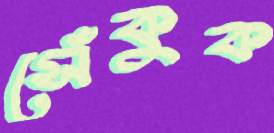
সেঁকুক